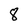
Character: 8